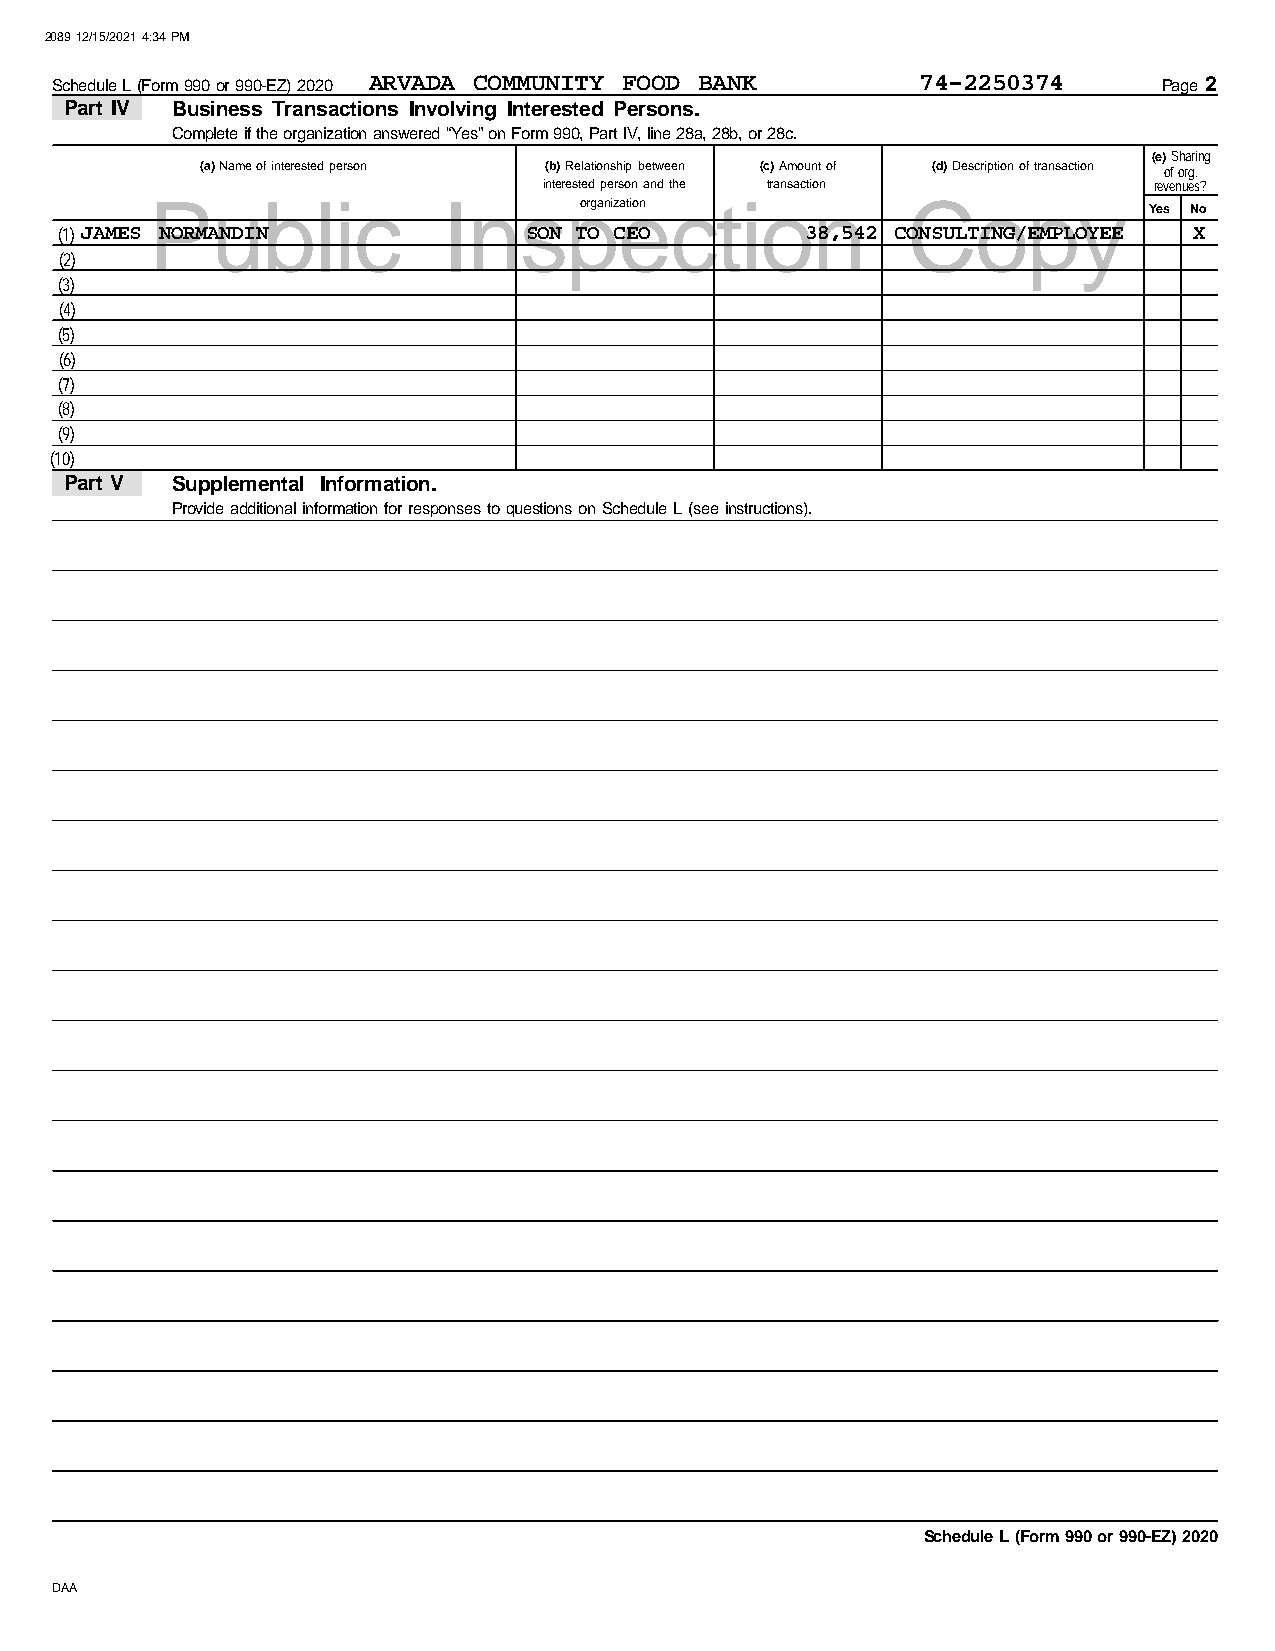
2089 12/15/2021 4:34 PM
 Schedule L (Form 990 or 990-EZ) 2020 ARVADA COMMUNITY FOOD BANK 74-2250374 Page 2
 Part IV Business Transactions Involving Interested Persons.
 Complete if the organization answered “Yes” on Form 990, Part IV, line 28a, 28b, or 28c.
 (e) Sharing
 (a) Name of interested person (b) Relationship between (c) Amount of (d) Description of transaction of org.
 interested person and the transaction   revenues?
 Public             Insporganizeation ction        Copy
 Yes No
 (1)JAMES NORMANDIN             SON TO CEO        38,542 CONSULTING/EMPLOYEE X
 (2)
 (3)
 (4)
 (5)
 (6)
 (7)
 (8)
 (9)
 (10)
 Part V Supplemental Information.
 Provide additional information for responses to questions on Schedule L (see instructions).
 Schedule L (Form 990 or 990-EZ) 2020
 DAA